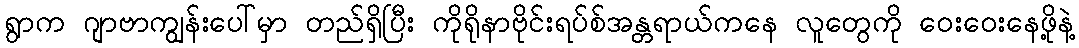
ရွာက ဂျာဗာကျွန်းပေါ်မှာ တည်ရှိပြီး ကိုရိုနာဗိုင်းရပ်စ်အန္တရာယ်ကနေ လူတွေကို ဝေးဝေးနေဖို့နဲ့